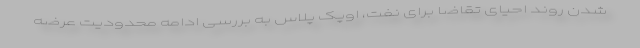
شدن روند احیای تقاضا برای نفت، اوپک پلاس به بررسی ادامه محدودیت عرضه